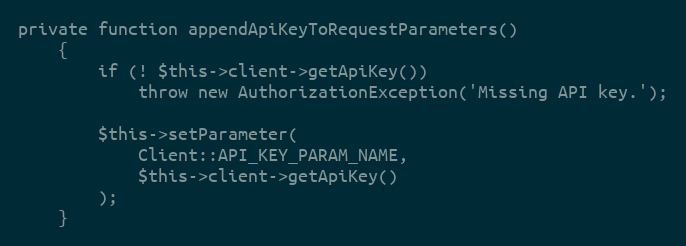
Language: PHP
private function appendApiKeyToRequestParameters()
	{
		if (! $this->client->getApiKey())
			throw new AuthorizationException('Missing API key.');

		$this->setParameter(
			Client::API_KEY_PARAM_NAME,
			$this->client->getApiKey()
		);
	}